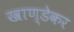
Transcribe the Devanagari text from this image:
खाण्डेकर